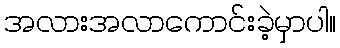
အလားအလာကောင်းခဲ့မှာပါ။